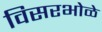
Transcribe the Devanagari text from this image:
विसरभोळे